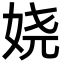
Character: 娆